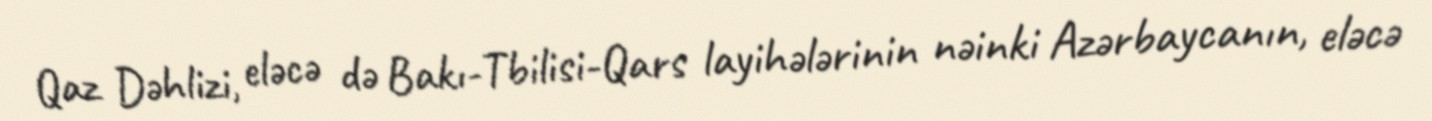
Qaz Dəhlizi, eləcə də Bakı-Tbilisi-Qars layihələrinin nəinki Azərbaycanın, eləcə